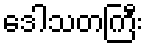
ဒေါသတကြီး